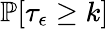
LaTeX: \mathbb{P}[\tau_{\epsilon}\ge k]